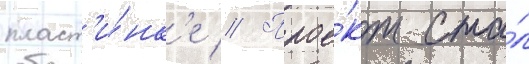
пласт'и́нк'е // Прое́кт ста́л